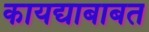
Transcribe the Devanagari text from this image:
कायद्याबाबत